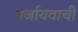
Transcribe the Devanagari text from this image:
पर्जायवाची